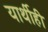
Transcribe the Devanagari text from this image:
यार्थीही